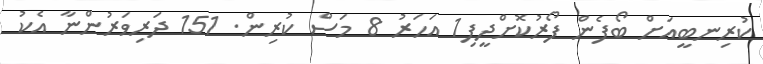
ކުރިނބީއަށް ބޯފެން ފޯރުކޮށްދީފި1 އަހަރު 8 މަސް ކުރިން. 151 ދަރިވަރުންނާ އެކު